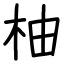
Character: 柚